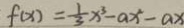
f ( x ) = \frac { 1 } { 3 } x ^ { 3 } - a x ^ { 2 } - a x